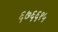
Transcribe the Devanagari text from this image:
६७६६१५